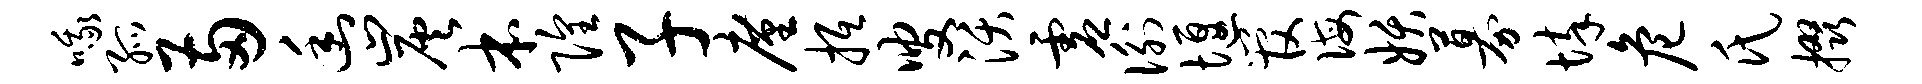
哦孤两幽炭本隍子廑抵叟沃虚衡堰管诲妖募悴危氏掇